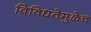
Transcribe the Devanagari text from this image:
विविधतेमुळेच